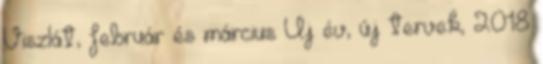
Viszlát, február és március Új év, új tervek, 2018